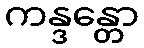
ကန္ဒန္တော